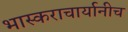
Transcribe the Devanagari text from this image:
भास्कराचार्यानीच